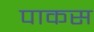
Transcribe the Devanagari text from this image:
पाकस